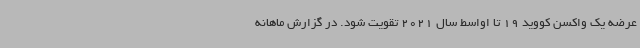
عرضه یک واکسن کووید 19 تا اواسط سال 2021 تقویت شود. در گزارش ماهانه